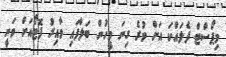
މިޕޯސްޓް ދެލައްކަ އަށް ވުރެ ގިނަ މީހުން ބަލާފައި ވާއިރު ފޮޓޯއަށް ވަނީ